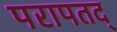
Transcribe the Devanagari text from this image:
परापतद्